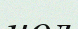
нөл